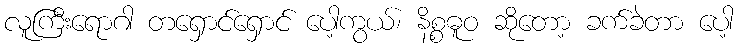
လူကြီးရောဂါ တရှောင်ရှောင် ပေါ့ကွယ်၊ နိစ္စဓူဝ ဆိုတော့ ခက်ခဲတာ ပေါ့